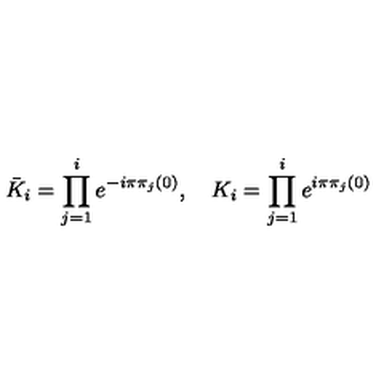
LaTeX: { \bar { K } } _ { i } = \prod _ { j = 1 } ^ { i } e ^ { - i \pi \pi _ { j } ( 0 ) } , \quad K _ { i } = \prod _ { j = 1 } ^ { i } e ^ { i \pi \pi _ { j } ( 0 ) }